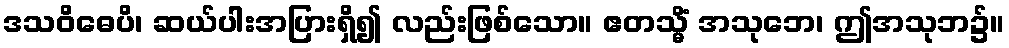
ဒသဝိဓေပိ၊ ဆယ်ပါးအပြားရှိ၍ လည်းဖြစ်သော။ ဧတသ္မိံ အသုဘေ၊ ဤအသုဘ၌။